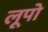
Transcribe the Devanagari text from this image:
लूपो